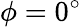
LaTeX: \phi=0^{\circ}